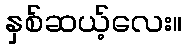
နှစ်ဆယ့်လေး။